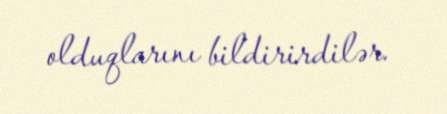
olduqlarını bildirirdilər.